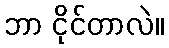
ဘာ ငိုင်တာလဲ။